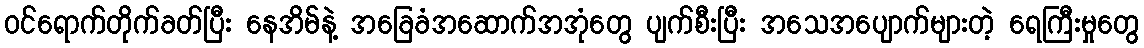
ဝင်ရောက်တိုက်ခတ်ပြီး နေအိမ်နဲ့ အခြေခံအဆောက်အအုံတွေ ပျက်စီးပြီး အသေအပျောက်များတဲ့ ရေကြီးမှုတွေ